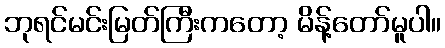
ဘုရင်မင်းမြတ်ကြီးကတော့ မိန့်တော်မူပါ။